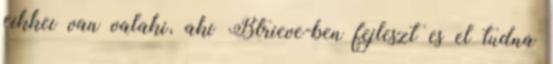
cikkei van valaki, aki Btrieve-ben fejleszt es el tudna